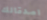
اصدقائك